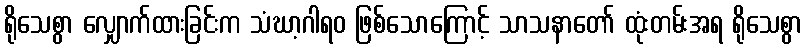
ရိုသေစွာ လျှောက်ထားခြင်းက သံဃာ့ဂါရဝ ဖြစ်သောကြောင့် သာသနာတော် ထုံးတမ်းအရ ရိုသေစွာ